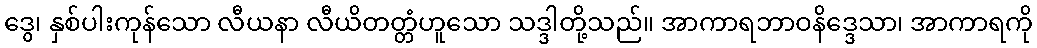
ဒွေ၊ နှစ်ပါးကုန်သော လီယနာ လီယိတတ္တံဟူသော သဒ္ဒါတို့သည်။ အာကာရဘာဝနိဒ္ဒေသာ၊ အာကာရကို